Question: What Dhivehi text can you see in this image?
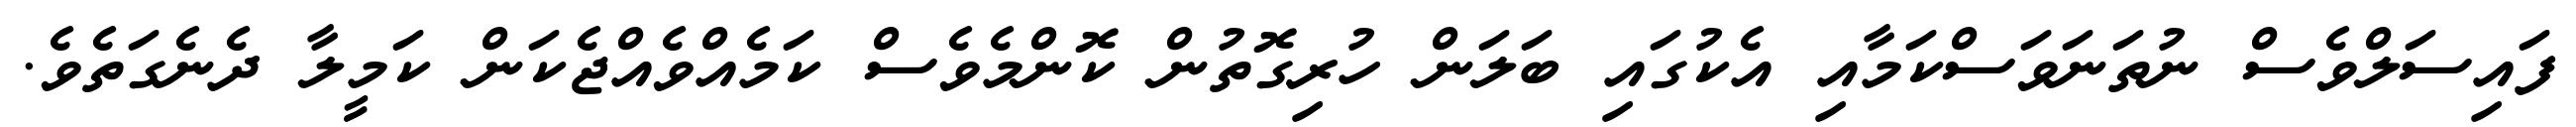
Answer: ފައިސަލްވެސް ނުތަނަވަސްކަމާއި އެކުގައި ބަލަން ހުރިގޮތުން ކޮންމެވެސް ކަމެއްވެއްޖެކަން ކަމީލާ ދެނެގަތެވެ.